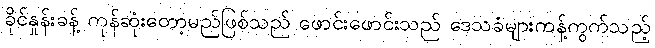
ခိုင်နှုန်းခန့် ကုန်ဆုံးတော့မည်ဖြစ်သည် ဖောင်းဖောင်းသည် ဒေသခံများကန့်ကွက်သည့်